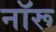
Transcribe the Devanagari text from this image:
नॉरू